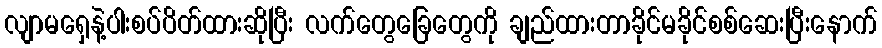
လျာမရှေနဲ့ပါးစပ်ပိတ်ထားဆိုပြီး လက်တွေခြေတွေကို ချည်ထားတာခိုင်မခိုင်စစ်ဆေးပြီးနောက်